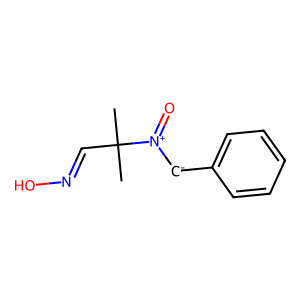
SMILES: CC(C)(C=NO)[N+](=O)[CH-]c1ccccc1
Inhibits HIV replication: No